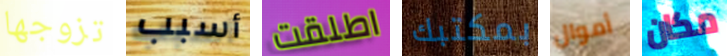
تزوجها أسبب اطلقت بمكتبك أموال مكان